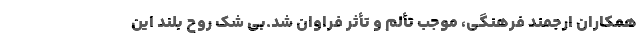
همکاران ارجمند فرهنگی، موجب تألم و تأثر فراوان شد.بی شک روح بلند این